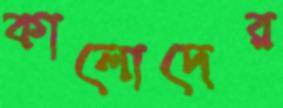
কালোদের